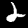
Digit: 2